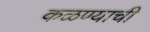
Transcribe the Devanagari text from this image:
कळण्याची